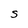
Character: S